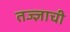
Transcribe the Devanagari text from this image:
तज्ज्ञाची